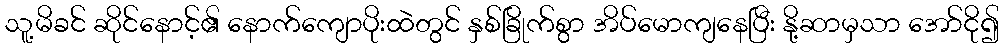
သူ့မိခင် ဆိုင်နောင့်၏ နောက်ကျောပိုးထဲတွင် နှစ်ခြိုက်စွာ အိပ်မောကျနေပြီး နို့ဆာမှသာ အော်ငို၍